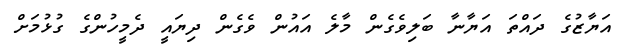
އަޔާޒުގެ ދައްތަ އަޔާނާ ބަލިވެގެން މާލެ އައުން ވެގެން ދިޔައީ ދެމީހުންގެ ގުޅުމަށް